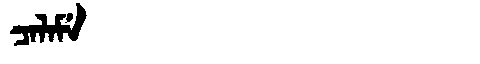
Manchu: ᠴᠠᠯᠠᠮᡝ
Romanization: CALAME